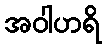
အဝါဟရိ